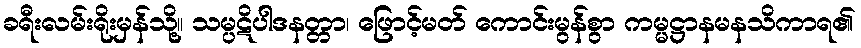
ခရီးလမ်းရိုးမှန်သို့။ သမ္ပဋိပါဒနတ္တာ၊ ဖြောင့်မတ် ကောင်းမွန်စွာ ကမ္မဋ္ဌာနမနသိကာရ၏